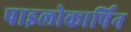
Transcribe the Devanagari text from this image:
पाइलोकार्पिन